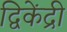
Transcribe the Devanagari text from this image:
द्विकेंद्री